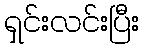
ရှင်းလင်းပြီး